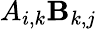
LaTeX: A_{i,k}\mathbf{B}_{k,j}